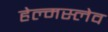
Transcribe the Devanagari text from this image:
हेल्मस्लेव